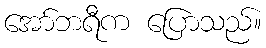
အော်ဘရီက ပြောသည်။